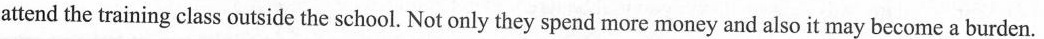
attend the training class outside the school. Not only they spend more money and also it may become a burden.